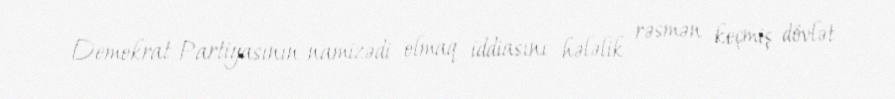
Demokrat Partiyasının namizədi olmaq iddiasını hələlik rəsmən keçmiş dövlət